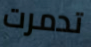
تدمرت